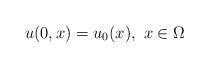
LaTeX: \begin{align*}u(0,x)=u_{0}(x), ~x\in\Omega \end{align*}